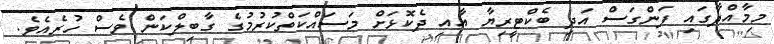
މިމާއްދާގައި ފަންގަސް އަދި ބެކްޓީރިޔާ އާއި ދެކޮޅަށް މަސައްކަތްކުރުމުގެ ގާބިލްކަން ވެސް ހުރެއެވެ.